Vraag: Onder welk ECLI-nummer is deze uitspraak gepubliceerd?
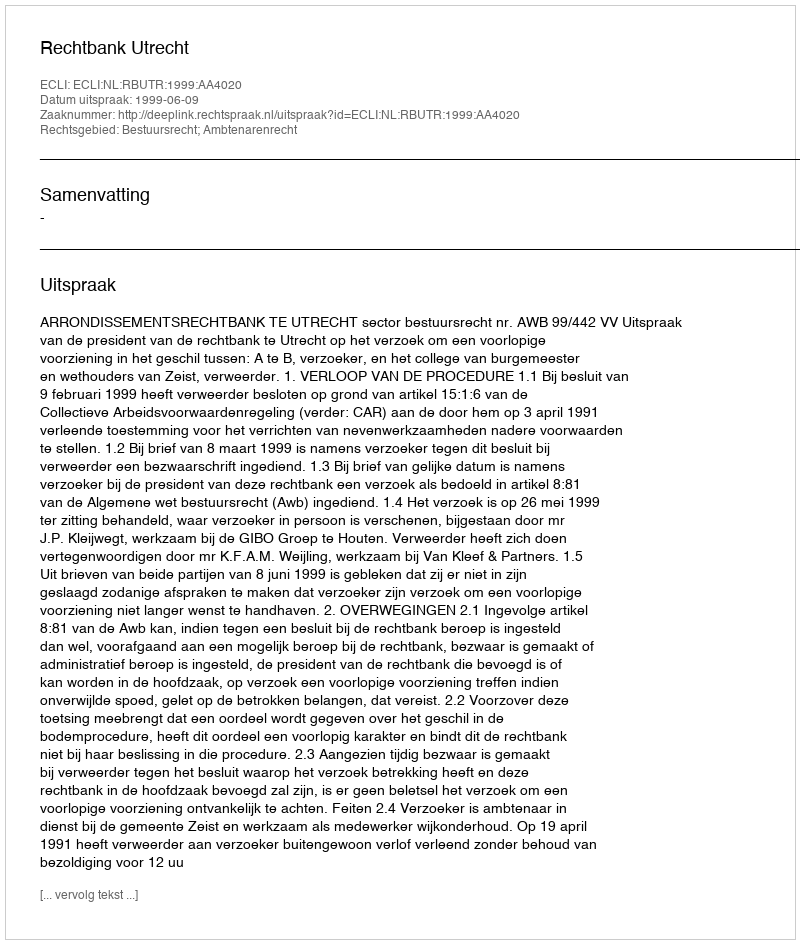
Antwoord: ECLI:NL:RBUTR:1999:AA4020